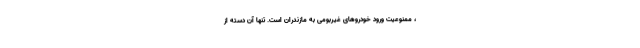
، ممنوعیت ورود خودروهای غیربومی به مازندران است. تنها آن دسته از